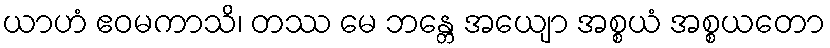
ယာဟံ ဧဝမကာသိ၊ တဿ မေ ဘန္တေ အယျော အစ္စယံ အစ္စယတော